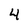
Character: 4